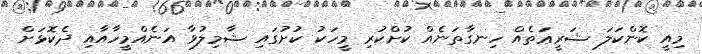
މިއީ ކޮންކަލަ ޝަރީޢަަތެއް ހިނގާތަނެއް ކުށްކުރި މީހަކު ކުށުގައި ޝާމިލުވާ އަނެއްމީހާއާއި ދެކޮޅަށް